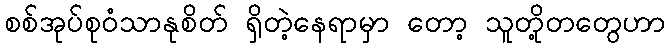
စစ်အုပ်စုဝံသာနုစိတ် ရှိတဲ့နေရာမှာ တော့ သူတို့တတွေဟာ